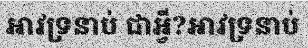
អាវទ្រនាប់ ជាអ្វី?អាវទ្រនាប់